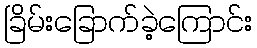
ခြိမ်းခြောက်ခဲ့ကြောင်း